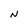
Character: N